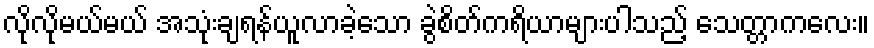
လိုလိုမယ်မယ် အသုံးချရန်ယူလာခဲ့သော ခွဲစိတ်ကရိယာများပါသည့် သေတ္တာကလေး။